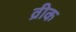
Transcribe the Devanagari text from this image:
व्रीक